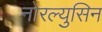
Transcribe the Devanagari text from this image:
नोरल्युसिन